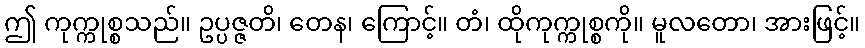
ဤ ကုက္ကုစ္စသည်။ ဥပ္ပဇ္ဇတိ၊ တေန၊ ကြောင့်။ တံ၊ ထိုကုက္ကုစ္စကို။ မူလတော၊ အားဖြင့်။